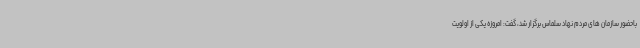
باحضور سازمان های مردم نهاد سلماس برگزار شد، گفت: امروزه یکی از اولویت